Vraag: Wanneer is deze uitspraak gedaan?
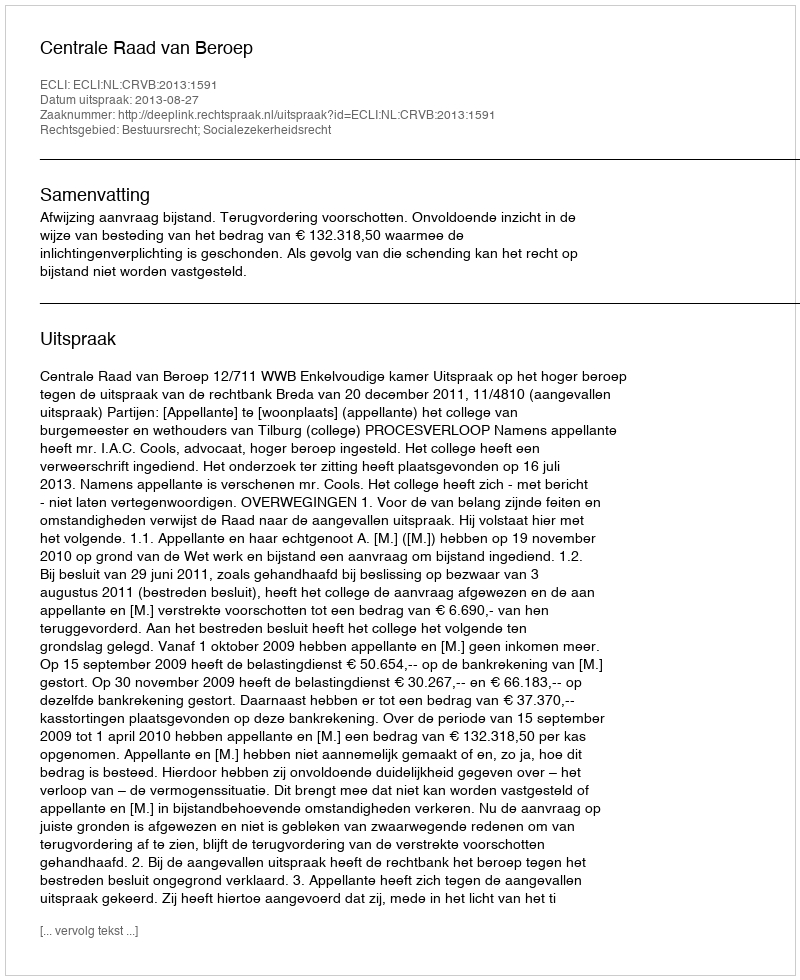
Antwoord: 2013-08-27